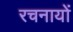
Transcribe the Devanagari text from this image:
रचनायों